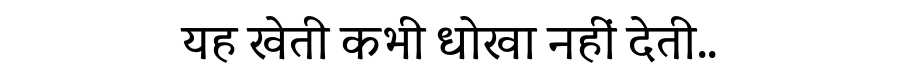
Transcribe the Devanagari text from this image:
यह खेती कभी धोखा नहीं देती..